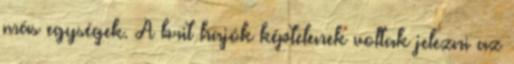
más egységek. A brit hajók képtelenek voltak jelezni az